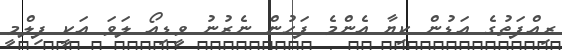
ރިއްފަތުގެ އަޑުން ކިޔާ އެންމެ ފަހުން ނެރުނު ވީޑިއޯ ލަވަ އަކީ ފިލްމީ